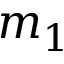
m _ { 1 }